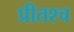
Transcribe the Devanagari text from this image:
प्रीतश्च